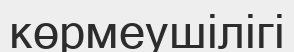
көрмеушілігі